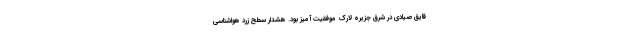
قایق صیادی در شرق جزیره لارک موفقیت آمیز بود. هشدار سطح زرد هواشناسی